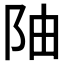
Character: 𫔼